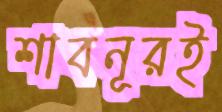
শাবনূরই